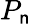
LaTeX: P_{\mathsf{n}}